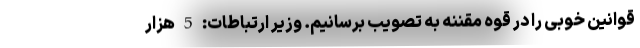
قوانین خوبی را در قوه مقننه به تصویب برسانیم. وزیر ارتباطات: 5 هزار